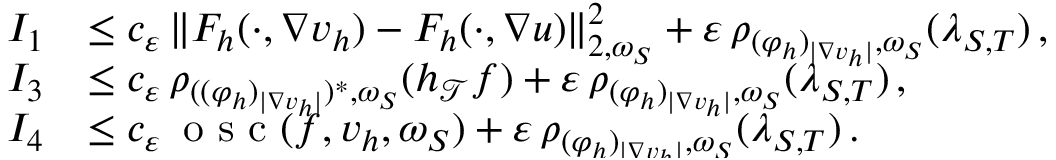
\begin{array} { r } { \begin{array} { r l } { I _ { 1 } } & { \leq \smash { c _ { \varepsilon } \, \| F _ { h } ( \cdot , \nabla v _ { h } ) - F _ { h } ( \cdot , \nabla u ) \| _ { 2 , \omega _ { S } } ^ { 2 } + \varepsilon \, \rho _ { ( \varphi _ { h } ) _ { \vert \nabla v _ { h } \vert } , \omega _ { S } } ( \lambda _ { S , T } ) } \, , } \\ { I _ { 3 } } & { \leq \smash { c _ { \varepsilon } \, \rho _ { ( ( \varphi _ { h } ) _ { \vert \nabla v _ { h } \vert } ) ^ { * } , \omega _ { S } } ( h _ { \mathcal { T } } f ) + \varepsilon \, \rho _ { ( \varphi _ { h } ) _ { \vert \nabla v _ { h } \vert } , \omega _ { S } } ( \lambda _ { S , T } ) } \, , } \\ { I _ { 4 } } & { \leq \smash { c _ { \varepsilon } \, \textup { o s c } ( f , v _ { h } , \omega _ { S } ) + \varepsilon \, \rho _ { ( \varphi _ { h } ) _ { \vert \nabla v _ { h } \vert } , \omega _ { S } } ( \lambda _ { S , T } ) } \, . } \end{array} } \end{array}